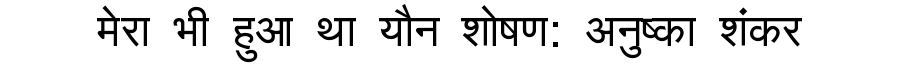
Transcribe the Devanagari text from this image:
मेरा भी हुआ था यौन शोषण: अनुष्का शंकर